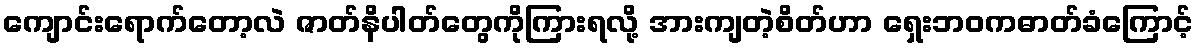
ကျောင်းရောက်တော့လဲ ဇာတ်နိပါတ်တွေကိုကြားရလို့ အားကျတဲ့စိတ်ဟာ ရှေးဘဝကဓာတ်ခံကြောင့်